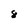
Character: 8